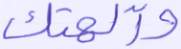
وآلهتك